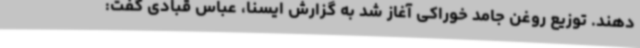
‌دهند. توزیع روغن جامد خوراکی آغاز شد به گزارش ایسنا، عباس قبادی گفت: